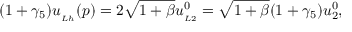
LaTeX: ( 1 + \gamma _ { 5 } ) u _ { _ { L h } } ( p ) = 2 \sqrt { 1 + \beta } u _ { _ { L 2 } } ^ { 0 } = \sqrt { 1 + \beta } ( 1 + \gamma _ { 5 } ) u _ { 2 } ^ { 0 } ,